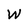
Character: W